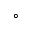
^ { \circ }